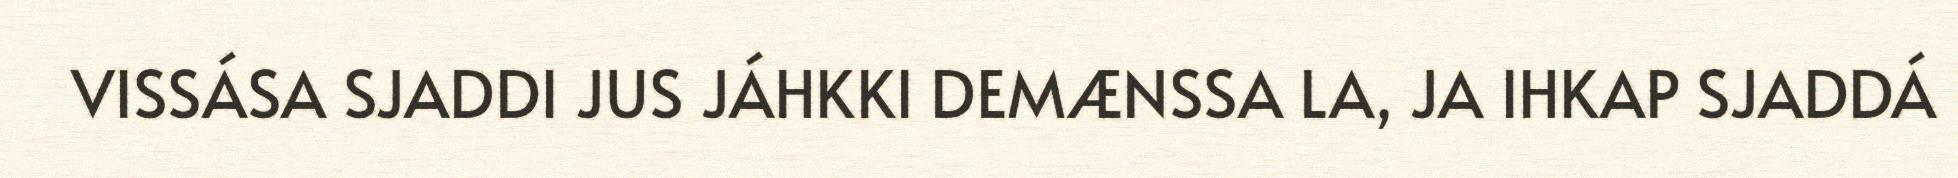
VISSÁSA SJADDI JUS JÁHKKI DEMÆNSSA LA, JA IHKAP SJADDÁ